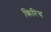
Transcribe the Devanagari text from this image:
किरिच